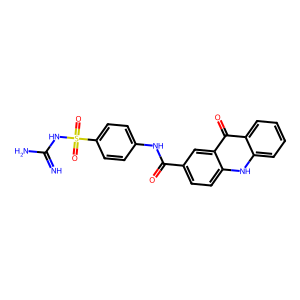
SMILES: N=C(N)NS(=O)(=O)c1ccc(NC(=O)c2ccc3[nH]c4ccccc4c(=O)c3c2)cc1
Inhibits HIV replication: No